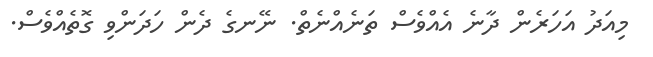
މިއަދު އަހަރެން ދާނެ އެއްވެސް ތަނެއްނެތް. ނޭނގެ ދެން ހަދަންވި ގޮތެއްވެސް.